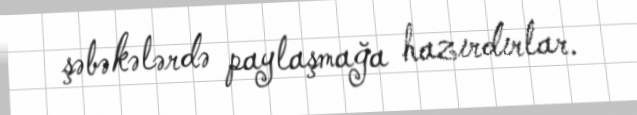
şəbəkələrdə paylaşmağa hazırdırlar.